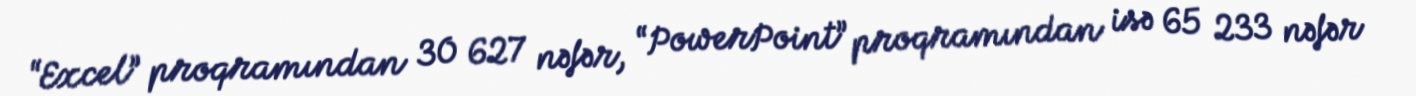
“Excel” proqramından 30 627 nəfər, “PowerPoint” proqramından isə 65 233 nəfər